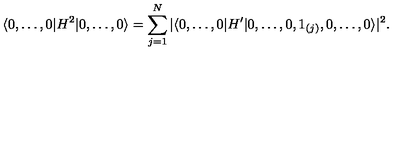
\langle 0 , \ldots , 0 \vert H ^ { 2 } \vert 0 , \ldots , 0 \rangle = \sum _ { j = 1 } ^ { N } \vert \langle 0 , \ldots , 0 \vert H ^ { \prime } \vert 0 , \ldots , 0 , 1 _ { ( j ) } , 0 , \ldots , 0 \rangle \vert ^ { 2 } .